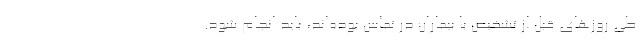
طی روزهای قبل از تشخیص با بیماران در تماس بوده‌اند، باید انجام شود.